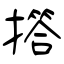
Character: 撘